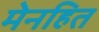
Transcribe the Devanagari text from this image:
मेनहित